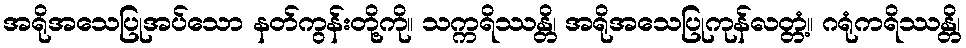
အရိုအသေပြုအပ်သော နတ်ကွန်းတို့ကို။ သက္ကရိဿန္တိ၊ အရိုအသေပြုကုန်လတ္တံ့။ ဂရုံကရိဿန္တိ၊